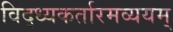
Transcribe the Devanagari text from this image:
विद्ध्यकर्तारमव्ययम्‌